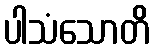
ပါသံသောတိ